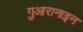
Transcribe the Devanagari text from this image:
गुआरानाइन